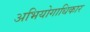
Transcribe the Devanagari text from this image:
अभियोगाधिकार